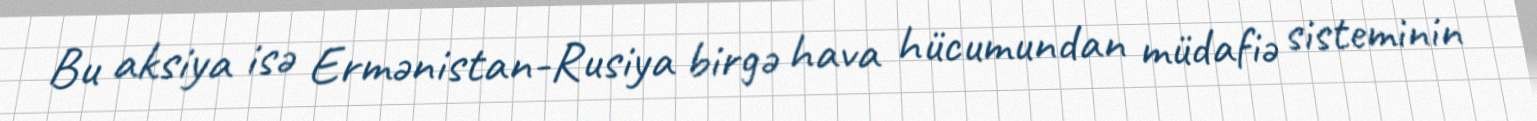
Bu aksiya isə Ermənistan-Rusiya birgə hava hücumundan müdafiə sisteminin